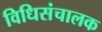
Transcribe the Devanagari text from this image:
विधिसंचालक